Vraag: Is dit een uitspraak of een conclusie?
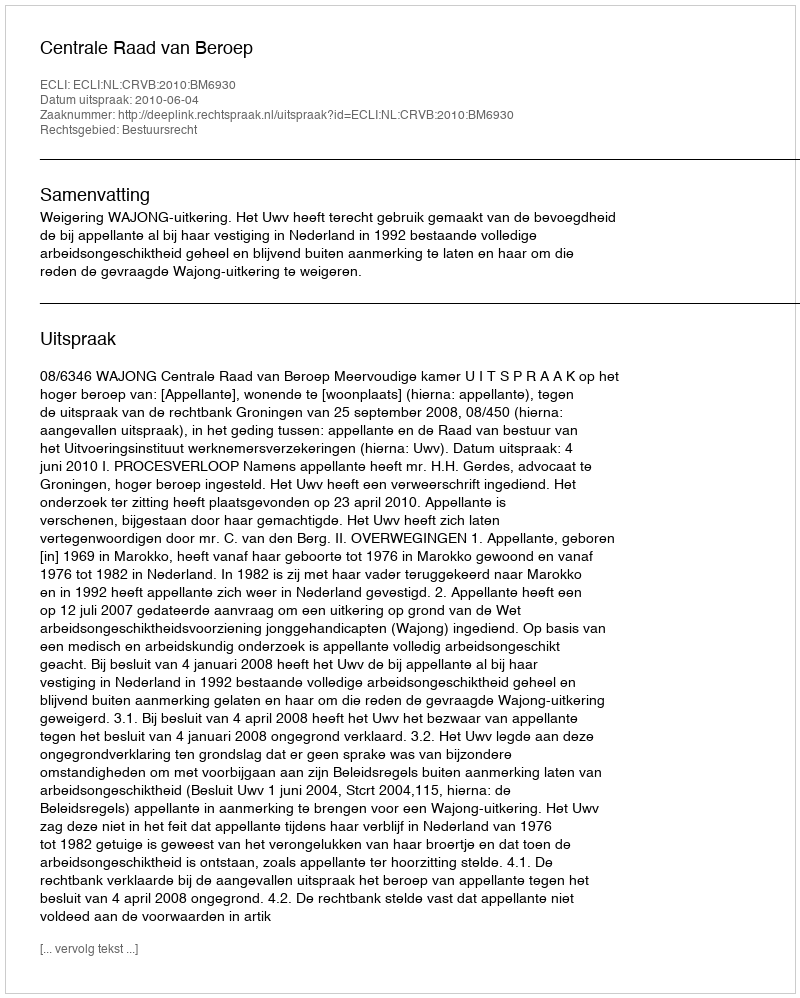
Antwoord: Uitspraak